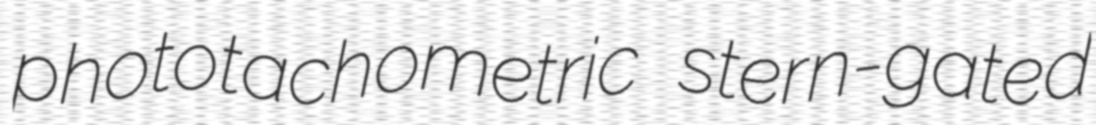
phototachometric stern-gated